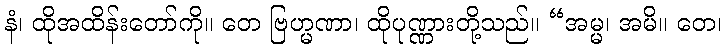
နံ၊ ထိုအထိန်းတော်ကို။ တေ ဗြဟ္မဏာ၊ ထိုပုဏ္ဏားတို့သည်။ “အမ္မ၊ အမိ။ တေ၊